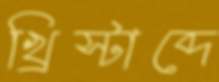
খ্রিস্টাব্দে